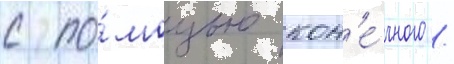
с по́мощью кон'е́чного /